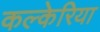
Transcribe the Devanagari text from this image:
कल्केरिया